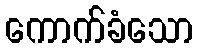
ကောက်ခံသော